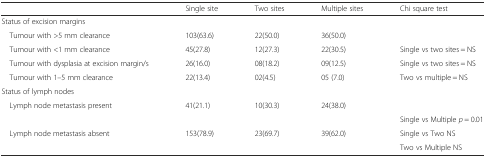
|  | Single site | Two sites | Multiple sites | Chi square test |
 | --- | --- | --- | --- | --- |
 | Status of excision margins |  |  |  |  |
 | Tumour with >5 mm clearance | 103(63.6) | 22(50.0) | 36(50.0) |  |
 | Tumour with <1 mm clearance | 45(27.8) | 12(27.3) | 22(30.5) | Single vs two sites = NS |
 | Tumour with dysplasia at excision margin/s | 26(16.0) | 08(18.2) | 09(12.5) | Single vs two sites = NS |
 | Tumour with 1–5 mm clearance | 22(13.4) | 02(4.5) | 05 (7.0) | Two vs multiple = NS |
 | Status of lymph nodes |  |  |  |  |
 | Lymph node metastasis present | 41(21.1) | 10(30.3) | 24(38.0) |  |
 |  |  |  |  | Single vs Multiple p = 0.01 |
 | <ROWSPAN=2> Lymph node metastasis absent | <ROWSPAN=2> 153(78.9) | <ROWSPAN=2> 23(69.7) | <ROWSPAN=2> 39(62.0) | Single vs Two NS |
 | Two vs Multiple NS |